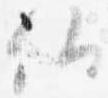
仏